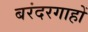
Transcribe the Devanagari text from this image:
बरंदरगाहों